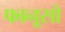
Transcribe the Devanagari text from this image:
फानूसो